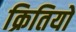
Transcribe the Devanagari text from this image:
क्रितियो